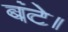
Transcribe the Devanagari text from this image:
बंटे।